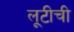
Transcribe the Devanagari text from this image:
लूटीची